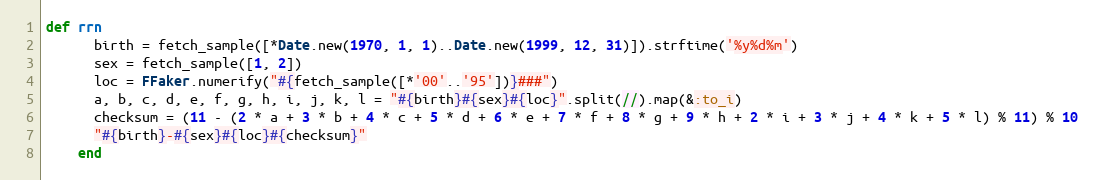
Language: Ruby
def rrn
      birth = fetch_sample([*Date.new(1970, 1, 1)..Date.new(1999, 12, 31)]).strftime('%y%d%m')
      sex = fetch_sample([1, 2])
      loc = FFaker.numerify("#{fetch_sample([*'00'..'95'])}###")
      a, b, c, d, e, f, g, h, i, j, k, l = "#{birth}#{sex}#{loc}".split(//).map(&:to_i)
      checksum = (11 - (2 * a + 3 * b + 4 * c + 5 * d + 6 * e + 7 * f + 8 * g + 9 * h + 2 * i + 3 * j + 4 * k + 5 * l) % 11) % 10
      "#{birth}-#{sex}#{loc}#{checksum}"
    end